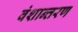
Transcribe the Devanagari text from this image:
वंशान्तरण